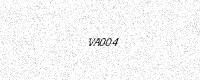
Text: VA004